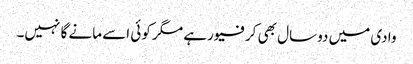
وادی میں دوسال بھی کرفیو رہے مگر کوئی اسے مانے گا نہیں۔